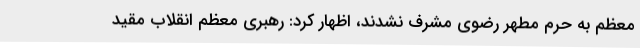
معظم به حرم مطهر رضوی مشرف نشدند، اظهار کرد: رهبری معظم انقلاب مقید